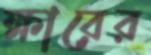
ক্ষারের